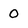
Character: 0